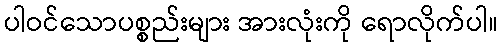
ပါဝင်သောပစ္စည်းများ အားလုံးကို ရောလိုက်ပါ။